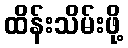
ထိန်းသိမ်းဖို့